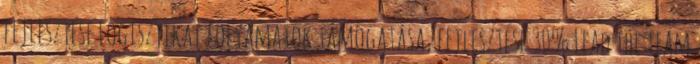
fejlesztése Logisztikai folyamatok támogatása, fejlesztése 30% Lead the team